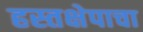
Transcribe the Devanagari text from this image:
हस्तक्षेपाचा